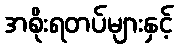
အစိုးရတပ်များနှင့်